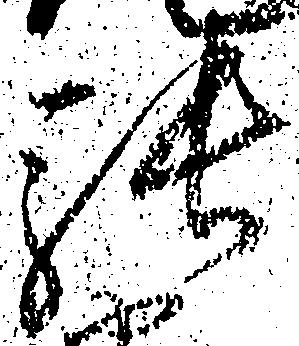
張